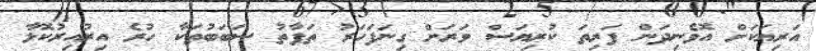
އަރިޔަކަށް އޮވެނިދަން ފަރިތަ ކުރިޔަސް ވަރަށް ގިނަފަހަރު ތަފާތު ސަބަބުތަކާ ހުރެ އިރުއިރުކޮޅާ